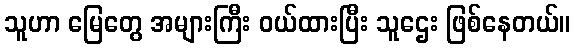
သူဟာ မြေတွေ အများကြီး ဝယ်ထားပြီး သူဌေး ဖြစ်နေတယ်။